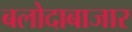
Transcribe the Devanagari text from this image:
बलोदाबाजार